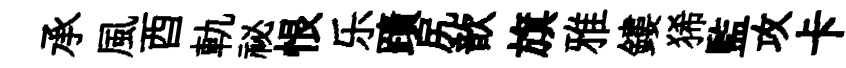
承風酉軌祕恨乐蹟尻歆旗雅鏤狶監攻卡